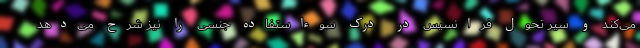
می‌کند و سیر تحول فرانسیس در درک سوءاستفاده جنسی را نیز شرح می‌دهد